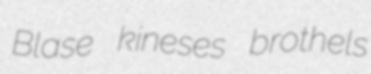
Blase kineses brothels